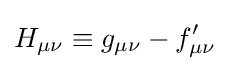
H_{\mu \nu }\equiv g_{\mu \nu }-f'_{\mu \nu }